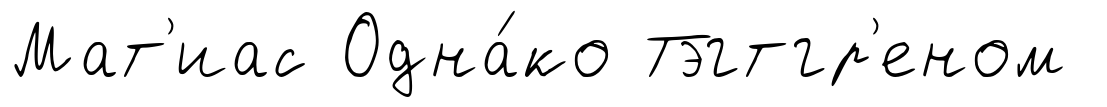
Мат'иас Одна́ко Тэгтгр'еном